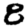
Digit: 8